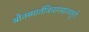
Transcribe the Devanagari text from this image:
श्रौतस्मार्तविचारसारचतुरो